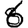
Digit: 6